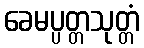
ခေမပ္ပတ္တသုတ္တံ